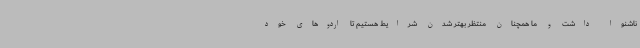
ناشنوا داشت و ما همچنان منتظر بهتر شدن شرایط هستیم تا اردوهای خود